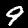
Digit: 9